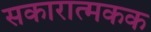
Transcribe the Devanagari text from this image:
सकारात्मकक